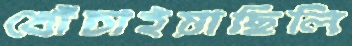
খোঁচাইয়াছিলি